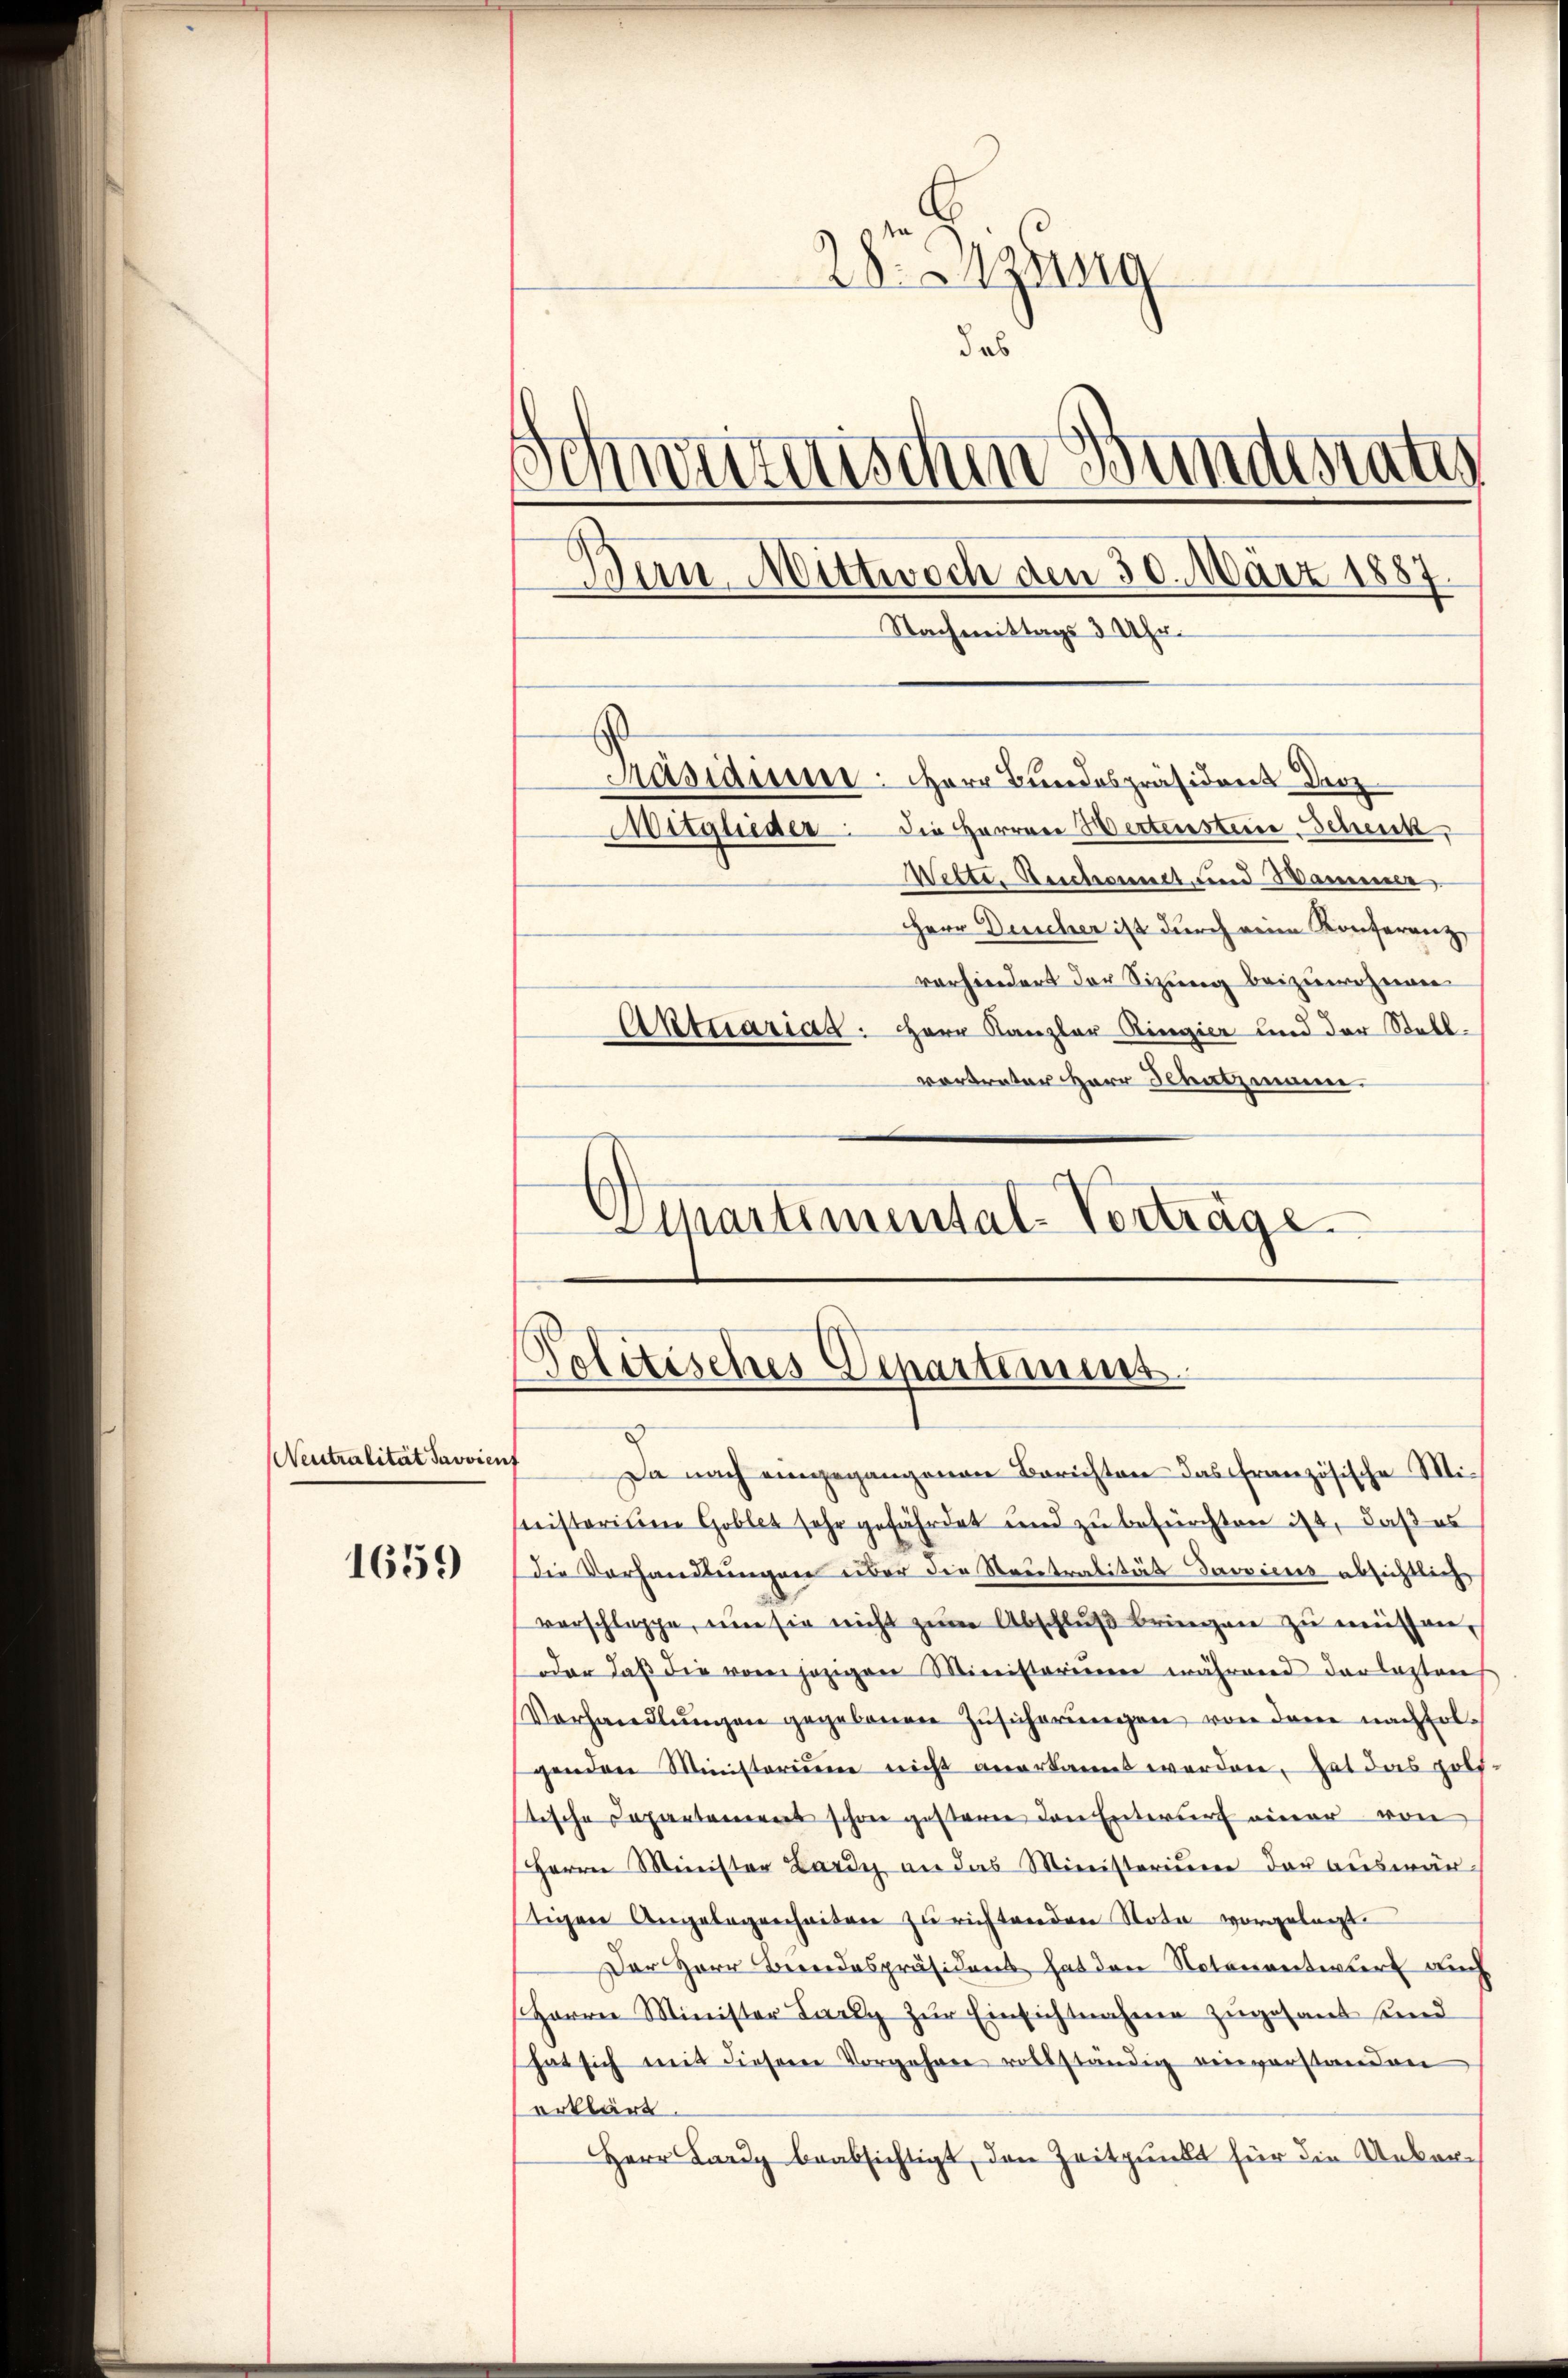
Neutralität Savvien

1659

2esizung
das
Schweizerischen Bundesrates
Ban Mittwoch den 30. März 1887.
Passau: Herr Bundespräsident Droz
Die Herren Wertensteine Schenk,
Mitglieder
Wette Beschonet und Wammele
Herr Descher ist durch reine Konferenz,
vorhindert der Sitzung beizuwohnen
Aktuariad: Herr Kanzler Ringier und der Stellvortreter Herr Schatzmann
Schartemental-Verträge

Politisches Departement
Da nach eingegangenen Berichten das französische Mi¬

Nachmittags 3 Uhr.

nisterium Goblet sehr gefährdet und zu befürchten ist, daß es
die Vorhandlungen über die Neutralität Provicus absichtlich
verschlappe, um sie nicht zŭm Abschlŭβ bringen zu müssen,
dder daß die vor jezigen Ministerieren während der Lastens
Vorhandlŭngen gegebenen Zusicherungen von den nachfolgenden Ministerium nicht anerkannt worden, hat das polistische Departamens schon gestern den Entwurf einer von
Herrn Minister Lardy an das Ministerium der auswärtigere Angelegenheiten zu richtenden Nota vorgelegt
Der Herr Bereidespräsident hat den Natonentwurf auch
Herrn Minister Lardy zŭr Einsichtnahmen zugesant sind
hat sich mit diesem Vorgehren vollständig einverstanden
erklärt.
Herr Lardy beabsichtigt, den Zeitpunkt für die Ueber¬